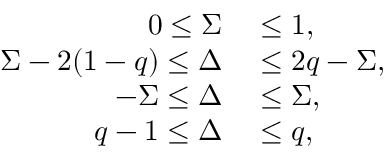
\begin{array} { r l } { 0 \le \Sigma } & { { } \le 1 , } \\ { \Sigma - 2 ( 1 - q ) \le \Delta } & { { } \leq 2 q - \Sigma , } \\ { - \Sigma \le \Delta } & { { } \le \Sigma , } \\ { q - 1 \le \Delta } & { { } \le q , } \end{array}